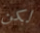
لكن